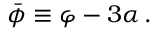
\bar { \phi } \equiv \varphi - 3 \alpha \, .